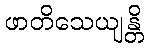
ဖာတိသေယျန္တိ